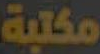
مكتبة